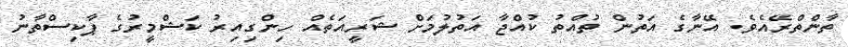
ތާންތްރޭއެވެ. އޭނާގެ އަތުން ތުއްތު ކުއްޖާ އަތުލުމަށް ޝަރީއަތެއް ހިންގިއިރު ކަޝްމީރުގެ ޕާކިސްތާނު